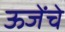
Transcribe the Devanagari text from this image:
ऊजेंचे